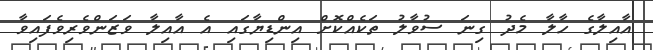
އާއިލާގެ ހާލާ މެދު ގިނަ ސުވާލު ތަކެއްކޮށް އިންޑިޔާގައި އެ އާއިލާ ވަޒަންވެރިވެފައިވާ